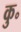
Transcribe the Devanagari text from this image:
कु॰